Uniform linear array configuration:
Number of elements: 48
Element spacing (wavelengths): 0.75
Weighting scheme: blackman
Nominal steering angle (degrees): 15
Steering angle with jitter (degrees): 15.197
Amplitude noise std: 0.05
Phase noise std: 0.05

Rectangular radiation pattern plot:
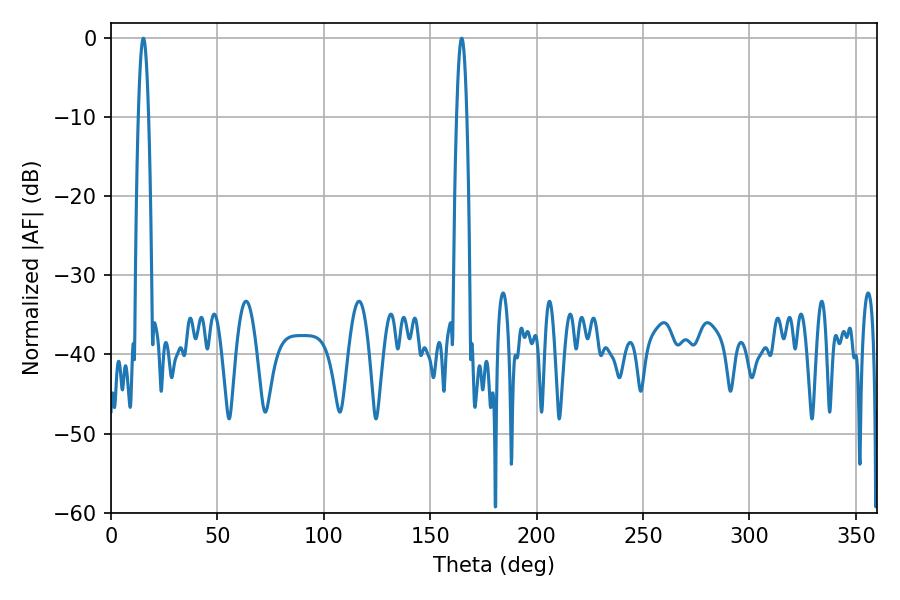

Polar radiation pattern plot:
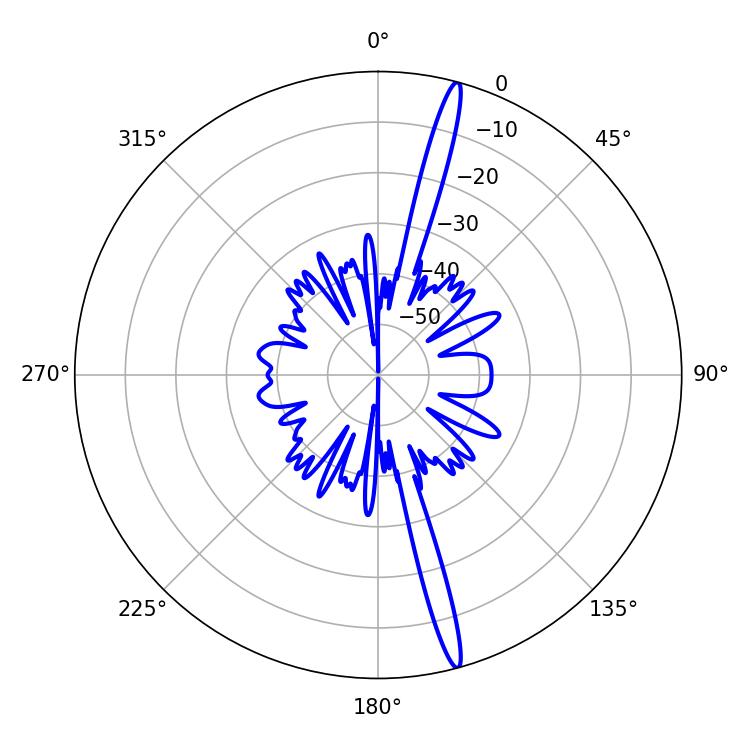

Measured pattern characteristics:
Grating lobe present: TRUE
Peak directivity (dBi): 18.775
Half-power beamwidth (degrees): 2.7
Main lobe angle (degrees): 15.12